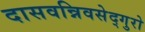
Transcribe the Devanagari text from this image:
दासवन्निवसेद्गुरो